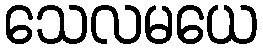
သေလမယေ